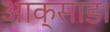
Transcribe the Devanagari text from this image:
आक्साड।